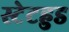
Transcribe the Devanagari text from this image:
स्टेटहुड